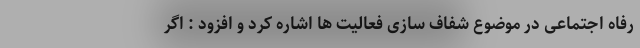
رفاه اجتماعی در موضوع شفاف سازی فعالیت ها اشاره کرد و افزود : اگر